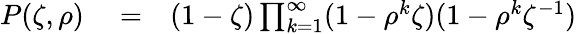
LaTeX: \begin{array}{rlr}{P(\zeta,\rho)}&{{}=}&{(1-\zeta)\prod_{k=1}^{\infty}(1-\rho^{k}\zeta)(1-\rho^{k}\zeta^{-1})}\end{array}